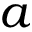
a